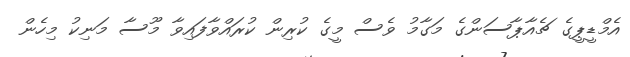
އެމްޑީޕީގެ ޗެއާޕާސަންގެ މަގާމު ވެސް މީގެ ކުރިން ކުރައްވާފައިވާ މޫސާ މަނިކު މިހެން